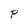
Character: P